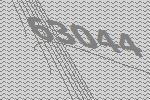
63044